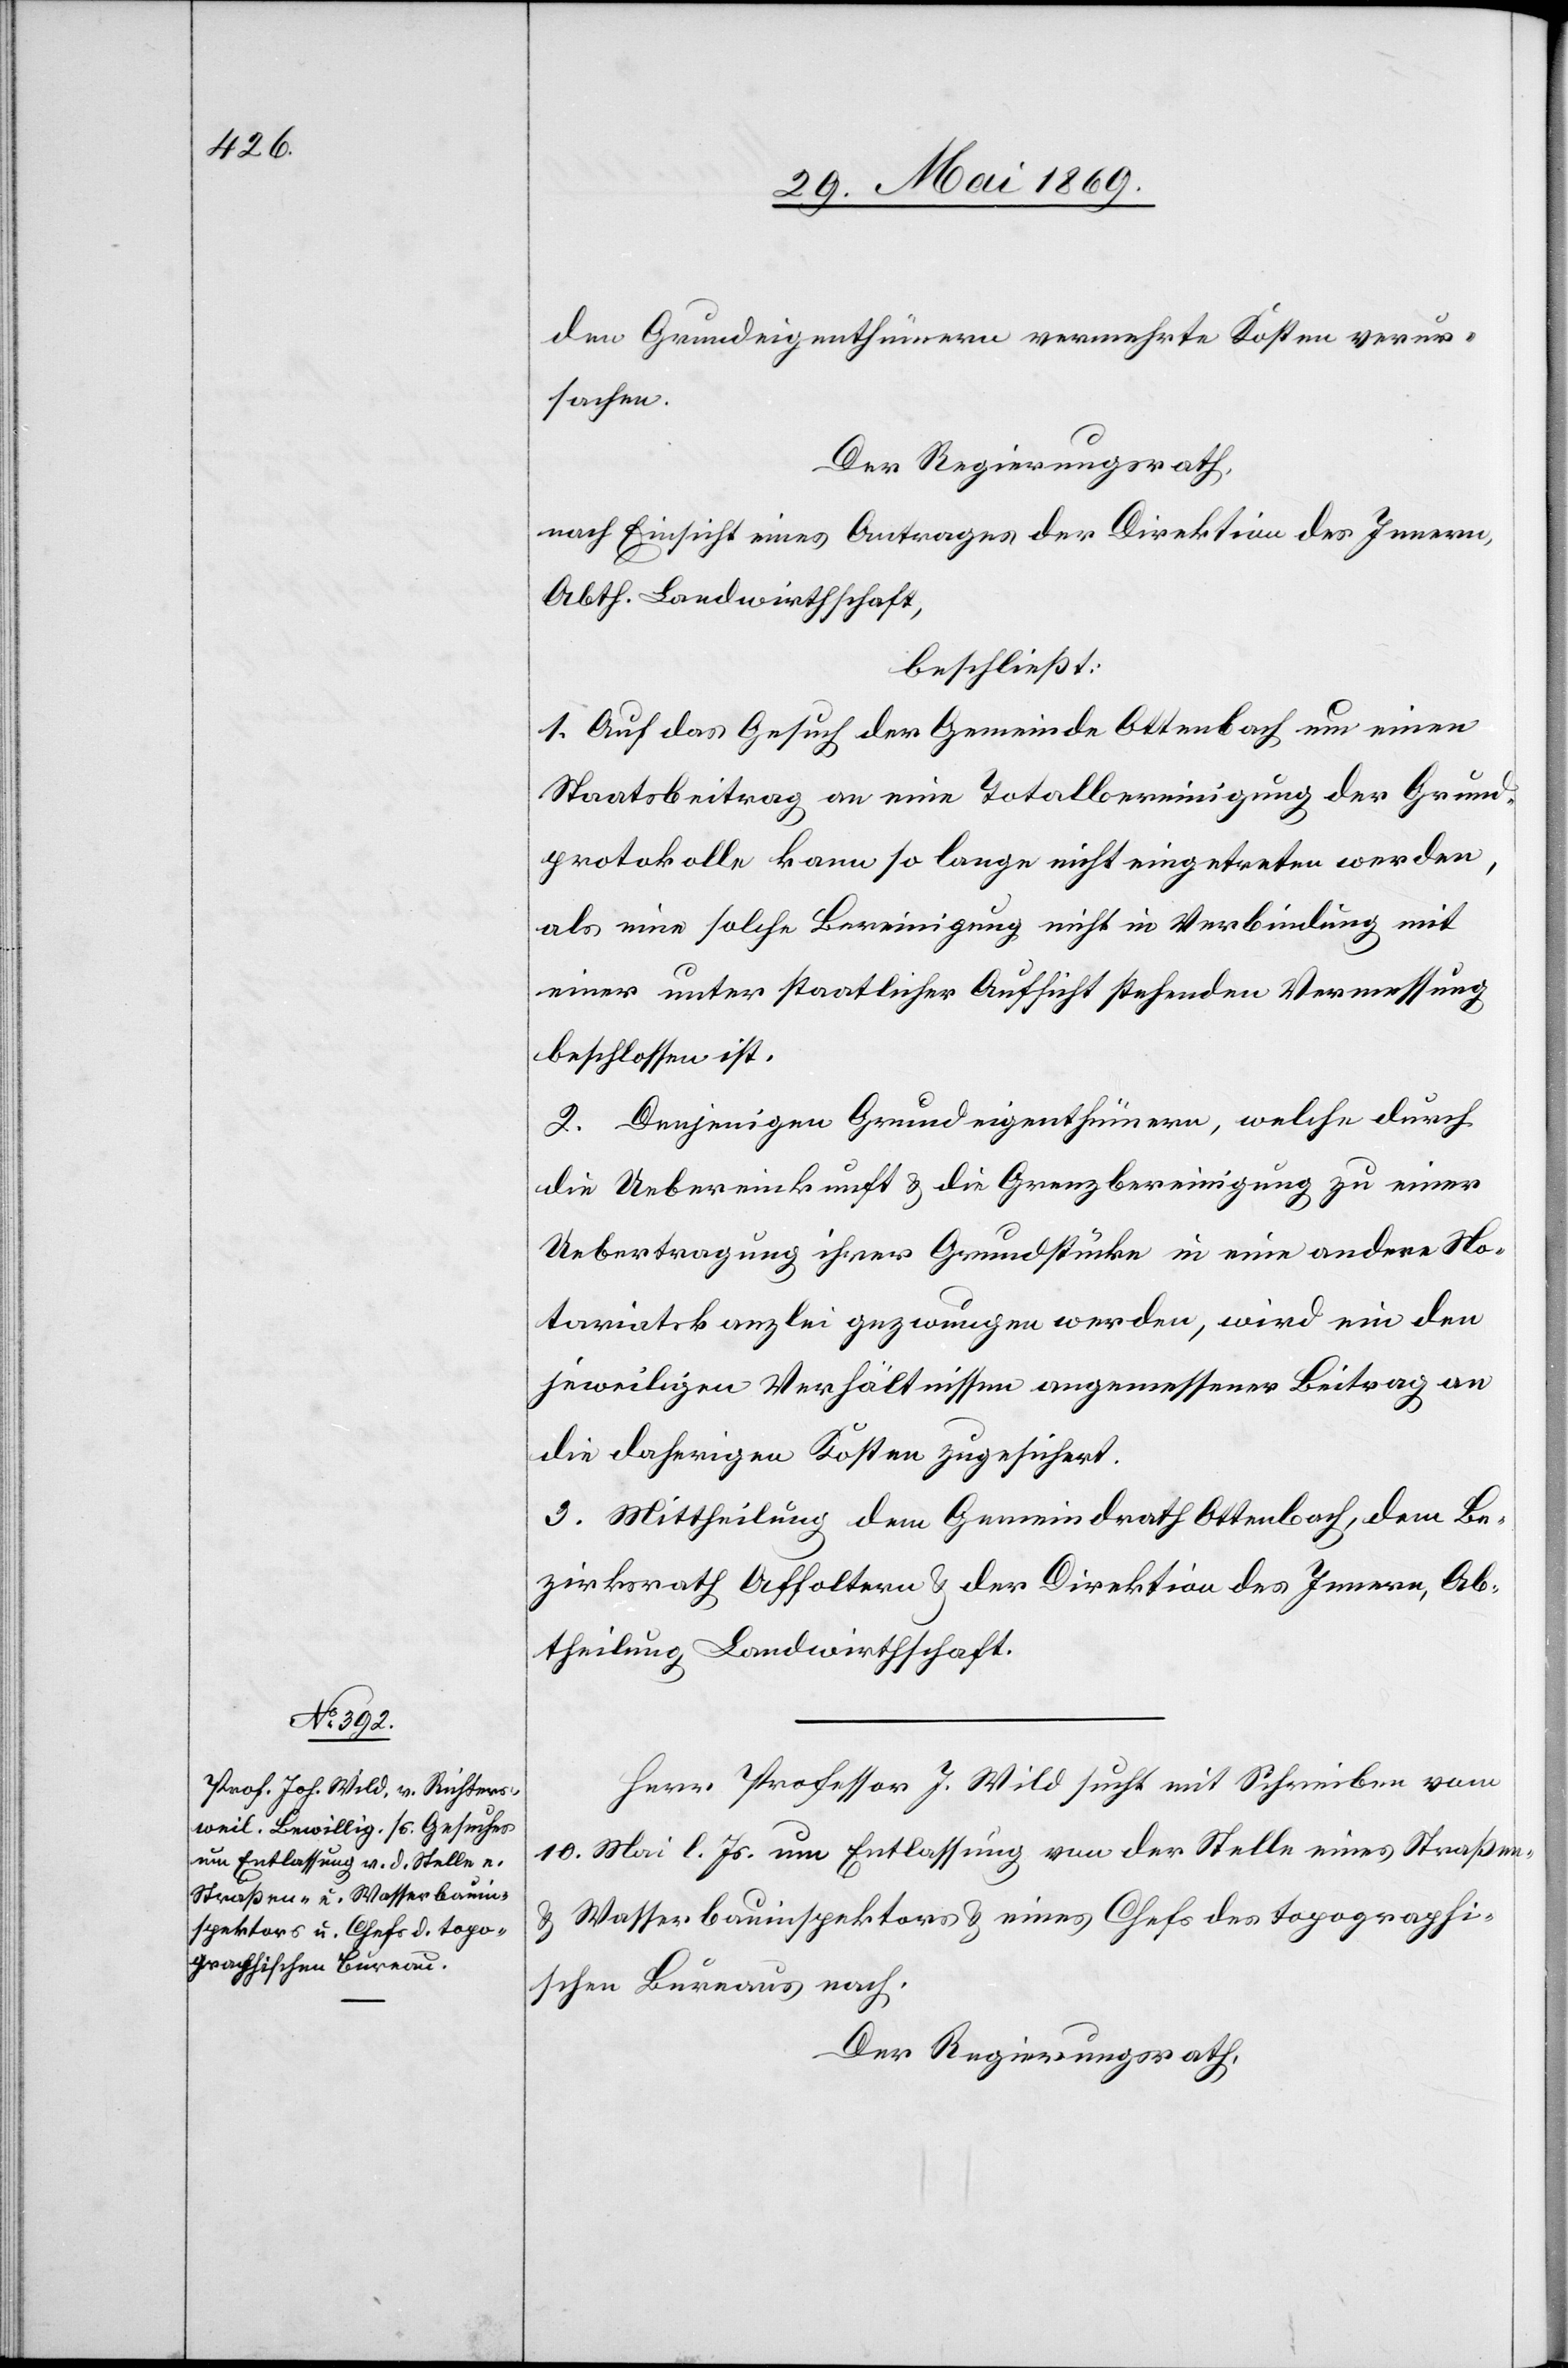
dem Grundeigenthümer vermehrte Kosten verur¬
sachen.
Der Regierungsrath,
nach Einsicht eines Antrages der Direktion des Innern,
Abth. Landwirthschaft,
beschließt:
1. Auf das Gesuch der Gemeinde Ottenbach um einen
Staatsbeitrag an eine Totalbereinigung der Grund¬
protokolle kann so lange nicht eingetreten werden,
als eine solche Bereinigung nicht in Verbindung mit
einer unter staatlicher Aufsicht stehenden Vermessung
beschlossen ist.
2. Denjenigen Grundeigenthümern, welche durch
die Uebereinkunft u. die Grenzbereinigung zu einer
Uebertragung ihrer Grundstücke in eine andere No¬
tariatskanzlei gezwungen werden, wird ein den
jeweiligen Verhältnissen angemessener Beitrag an
die daherigen Kosten zugesichert.
3. Mittheilung dem Gemeindrath Ottenbach, dem Be¬
zirksrath Affoltern u. der Direktion des Innern, Ab¬
theilung Landwirthschaft.
Herr Professor J. Wild sucht mit Schreiben vom
10 Mai l. Js. um Entlassung von der Stelle eines Straßen-
u. Wasserbauinspektors u. eines Chefs des topographi¬
schen Bureaus nach.
Der Regierungsrath,